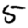
Digit: 5